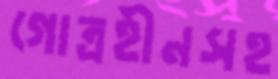
গোত্রহীনসহ